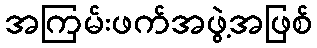
အကြမ်းဖက်အဖွဲ့အဖြစ်